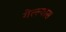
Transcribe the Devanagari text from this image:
गेल्ल्यास